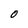
Character: O